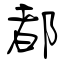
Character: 都